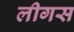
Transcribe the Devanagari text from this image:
लीगस